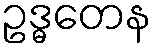
ဥဒ္ဓတေန